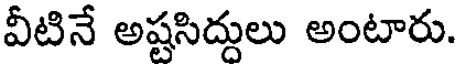
వీటినే అష్టసిద్దులు అంటారు.